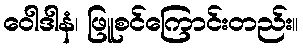
ဝေါဒါနံ၊ ဖြူစင်ကြောင်းတည်း။